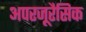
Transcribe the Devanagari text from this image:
अपरजूरैसिक